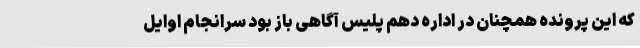
که این پرونده همچنان در اداره دهم پلیس آگاهی باز بود سرانجام اوایل